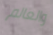
والعالم